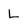
Character: L